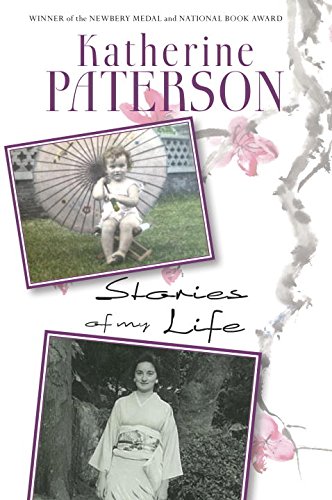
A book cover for Stories of My Life; Katherine Paterson; Teen & Young Adult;